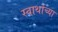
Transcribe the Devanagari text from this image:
स्वार्थाच्या